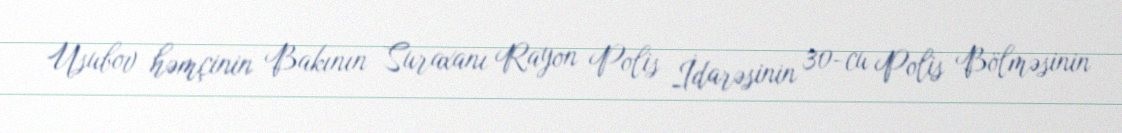
Usubov həmçinin Bakının Suraxanı Rayon Polis İdarəsinin 30-cu Polis Bölməsinin